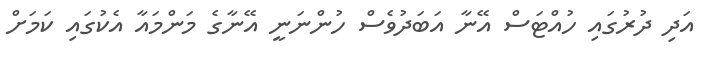
އަދި ދުރުގައި ހުއްޓަސް އޭނާ އަބަދުވެސް ހުންނަނީ އޭނާގެ މަންމައާ އެކުގައި ކަމަށް